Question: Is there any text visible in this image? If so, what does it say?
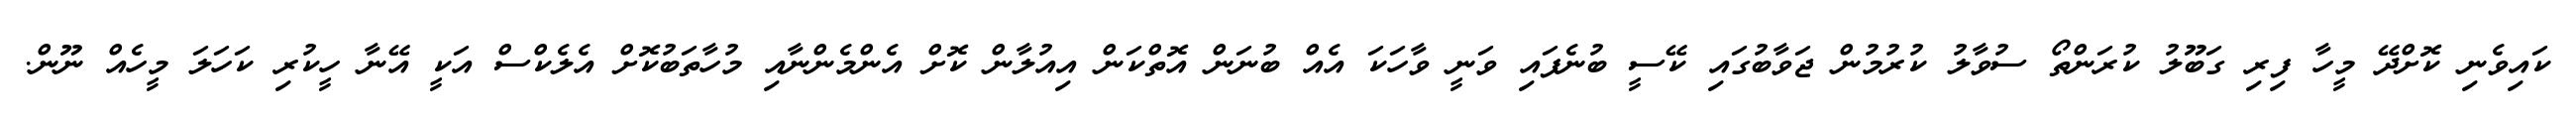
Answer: ކައިވެނި ކޮށްދޭ މީހާ ފިރި ގަބޫލު ކުރަންތޯ ސުވާލު ކުރުމުން ޖަވާބުގައި ކޭސީ ބުނެފައި ވަނީ ވާހަކަ އެއް ބުނަން އޮތްކަން އިއުލާން ކޮށް އެންމެންނާއި މުހާތަބުކޮށް އެލެކްސް އަކީ އޭނާ ހީކުރި ކަހަލަ މީހެއް ނޫން.